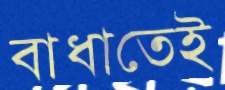
বাধাতেই